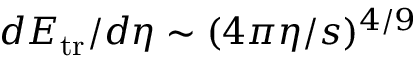
d E _ { \mathrm { t r } } / d \eta \sim ( 4 \pi \eta / s ) ^ { 4 / 9 }